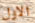
الاول